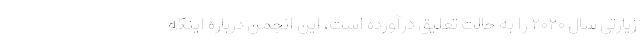
زیارتی سال ۲۰۲۰ را به حالت تعلیق درآورده است، این انجمن درباره اینکه